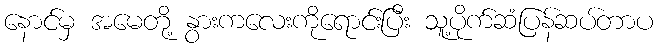
နောင်မှ အမေတို့ နွားကလေးကိုရောင်းပြီး သူ့ပိုက်ဆံပြန်ဆပ်တာပ